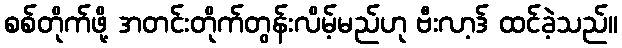
စစ်တိုက်ဖို့ အတင်းတိုက်တွန်းလိမ့်မည်ဟု ဗီးလာ့ဒ် ထင်ခဲ့သည်။